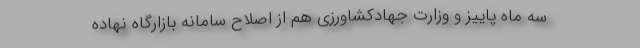
سه ماه پاییز و وزارت جهادکشاورزی هم از اصلاح سامانه بازارگاه نهاده